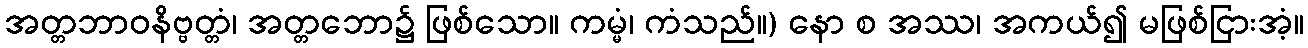
အတ္တဘာဝနိဗ္ဗတ္တံ၊ အတ္တဘော၌ ဖြစ်သော။ ကမ္မံ၊ ကံသည်။) နော စ အဿ၊ အကယ်၍ မဖြစ်ငြားအံ့။